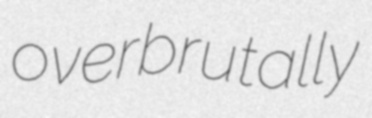
overbrutally